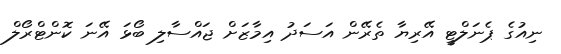
ނިއުގެ ޕެނަލްޓީ އޭރިޔާ ތެރޭން އަސަދު އިމާޒަށް ޖައްސާލި ބޯޅަ އޭނަ ކޮންޓްރޯލް